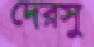
দেরসু